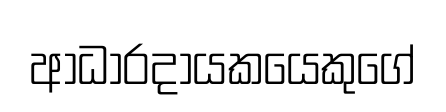
ආධාරදායකයෙකුගේ